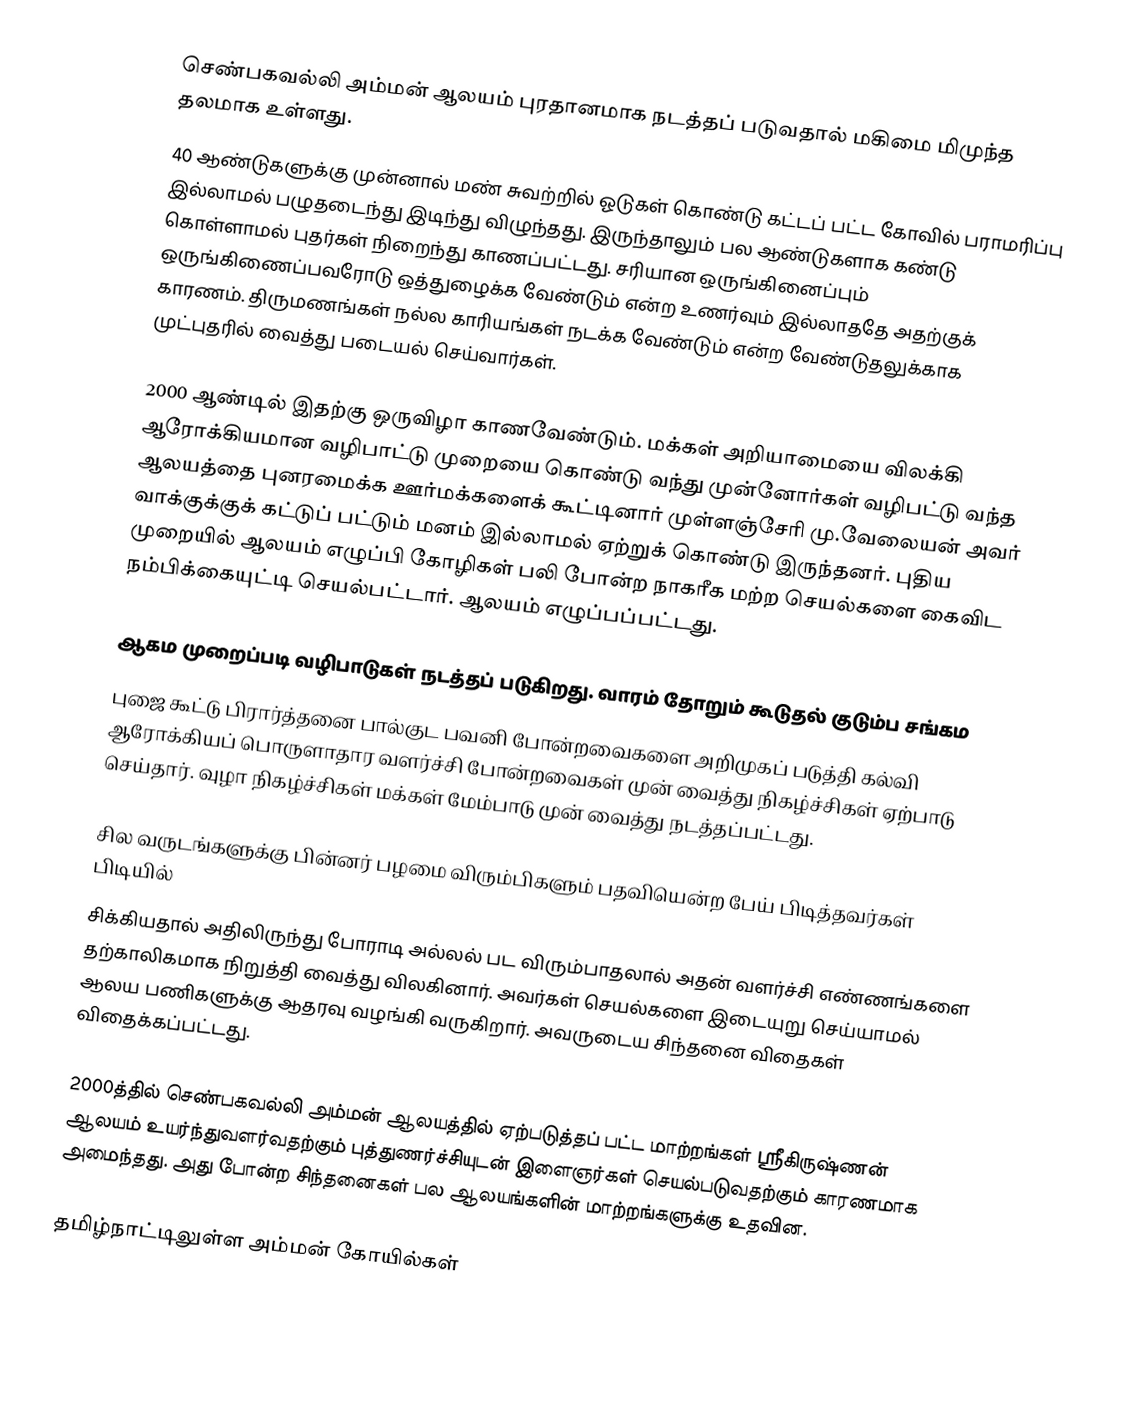
செண்பகவல்லி அம்மன் ஆலயம் புரதானமாக நடத்தப் படுவதால் மகிமை மிமுந்த தலமாக உள்ளது.
40 ஆண்டுகளுக்கு முன்னால் மண் சுவற்றில் ஓடுகள் கொண்டு கட்டப் பட்ட கோவில் பராமரிப்பு இல்லாமல் பழுதடைந்து இடிந்து விழுந்தது. இருந்தாலும் பல ஆண்டுகளாக கண்டு கொள்ளாமல் புதர்கள் நிறைந்து காணப்பட்டது. சரியான ஒருங்கினைப்பும் ஒருங்கிணைப்பவரோடு ஒத்துழைக்க வேண்டும் என்ற உணர்வும் இல்லாததே அதற்குக் காரணம். திருமணங்கள் நல்ல காரியங்கள் நடக்க வேண்டும் என்ற வேண்டுதலுக்காக முட்புதரில் வைத்து படையல் செய்வார்கள்.

2000 ஆண்டில் இதற்கு ஒருவிழா காணவேண்டும். மக்கள் அறியாமையை விலக்கி ஆரோக்கியமான வழிபாட்டு முறையை கொண்டு வந்து முன்னோர்கள் வழிபட்டு வந்த ஆலயத்தை புனரமைக்க ஊர்மக்களைக் கூட்டினார் முள்ளஞ்சேரி மு.வேலையன் அவர் வாக்குக்குக் கட்டுப் பட்டும் மனம் இல்லாமல் ஏற்றுக் கொண்டு இருந்தனர். புதிய முறையில் ஆலயம் எழுப்பி கோழிகள் பலி போன்ற நாகரீக மற்ற செயல்களை கைவிட நம்பிக்கையுட்டி செயல்பட்டார். ஆலயம் எழுப்பப்பட்டது.

ஆகம முறைப்படி வழிபாடுகள் நடத்தப் படுகிறது. வாரம் தோறும் கூடுதல் குடும்ப சங்கம
புஜை கூட்டு பிரார்த்தனை பால்குட பவனி போன்றவைகளை அறிமுகப் படுத்தி கல்வி ஆரோக்கியப் பொருளாதார வளர்ச்சி  போன்றவைகள் முன் வைத்து நிகழ்ச்சிகள் ஏற்பாடு செய்தார். வுழா நிகழ்ச்சிகள் மக்கள் மேம்பாடு முன் வைத்து நடத்தப்பட்டது.

சில வருடங்களுக்கு பின்னர் பழமை விரும்பிகளும் பதவியென்ற பேய் பிடித்தவர்கள் பிடியில்
சிக்கியதால் அதிலிருந்து போராடி அல்லல் பட விரும்பாதலால் அதன் வளர்ச்சி எண்ணங்களை தற்காலிகமாக நிறுத்தி வைத்து விலகினார். அவர்கள் செயல்களை இடையுறு செய்யாமல் ஆலய பணிகளுக்கு ஆதரவு வழங்கி வருகிறார். அவருடைய சிந்தனை விதைகள் விதைக்கப்பட்டது.

2000த்தில் செண்பகவல்லி அம்மன் ஆலயத்தில் ஏற்படுத்தப் பட்ட மாற்றங்கள்  ஸ்ரீகிருஷ்ணன் ஆலயம் உயர்ந்துவளர்வதற்கும் புத்துணர்ச்சியுடன் இளைஞர்கள் செயல்படுவதற்கும் காரணமாக அமைந்தது. அது போன்ற சிந்தனைகள் பல ஆலயங்களின் மாற்றங்களுக்கு உதவின.

தமிழ்நாட்டிலுள்ள அம்மன் கோயில்கள்